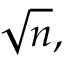
{ \sqrt { n } } ,